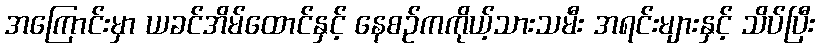
အကြောင်းမှာ ယခင်အိမ်ထောင်နှင့် နေစဉ်ကကိုယ့်သားသမီး အရင်းများနှင့် သိပ်ပြီး